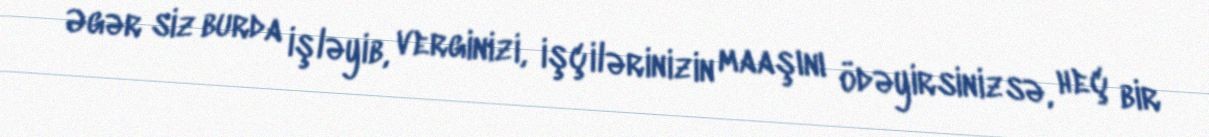
Əgər siz burda işləyib, verginizi, işçilərinizin maaşını ödəyirsinizsə, heç bir